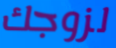
لزوجك